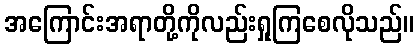
အကြောင်းအရာတို့ကိုလည်းရှုကြစေလိုသည်။